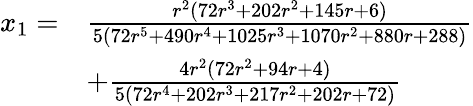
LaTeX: \begin{array}{rl}{x_{1}=}&{\frac{r^{2}(72r^{3}+202r^{2}+145r+6)}{5(72r^{5}+490r^{4}+1025r^{3}+1070r^{2}+880r+288)}}\\ &{+\frac{4r^{2}(72r^{2}+94r+4)}{5(72r^{4}+202r^{3}+217r^{2}+202r+72)}}\end{array}